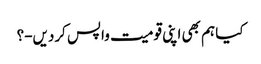
کیا ہم بھی اپنی قومیت واپس کردیں-؟